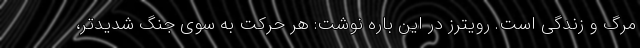
مرگ و زندگی است. رویترز در این باره نوشت: هر حرکت به سوی جنگِ شدیدتر،